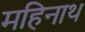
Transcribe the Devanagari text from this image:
महिनाथ